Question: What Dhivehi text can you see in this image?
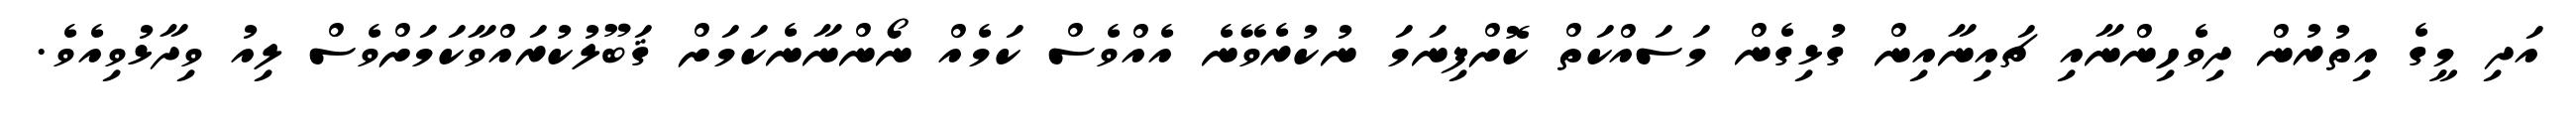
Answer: އަދި މީގެ އިތުރުން ދިވެހިންނާއި ޗައިނާއިން ގުޅިގެން މަސައްކަތް ކޮށްފިނަމަ ނުކުރެވޭނެ އެއްވެސް ކަމެއް ނޯންނާނެކަމަށް ޤަބޫލުކުރައްވާކަމަށްވެސް ލިއު ވިދާޅުވިއެވެ.